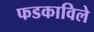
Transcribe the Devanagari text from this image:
फडकाविले